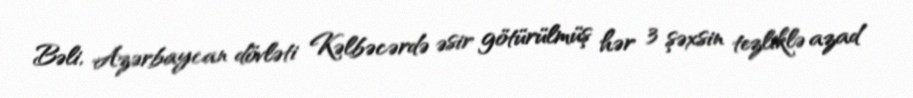
Bəli, Azərbaycan dövləti Kəlbəcərdə əsir götürülmüş hər 3 şəxsin tezliklə azad